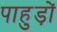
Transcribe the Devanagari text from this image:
पाहुड़ों